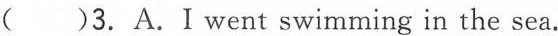
( )3.A.I went swimming in the sea.